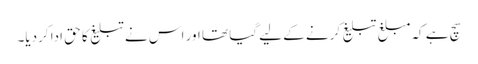
سچ ہے کہ مبلغ تبلیغ کرنے کے لیے گیا تھا اور اس نے تبلیغ کا حق ادا کردیا۔